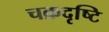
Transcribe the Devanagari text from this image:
चक्रदृष्टि